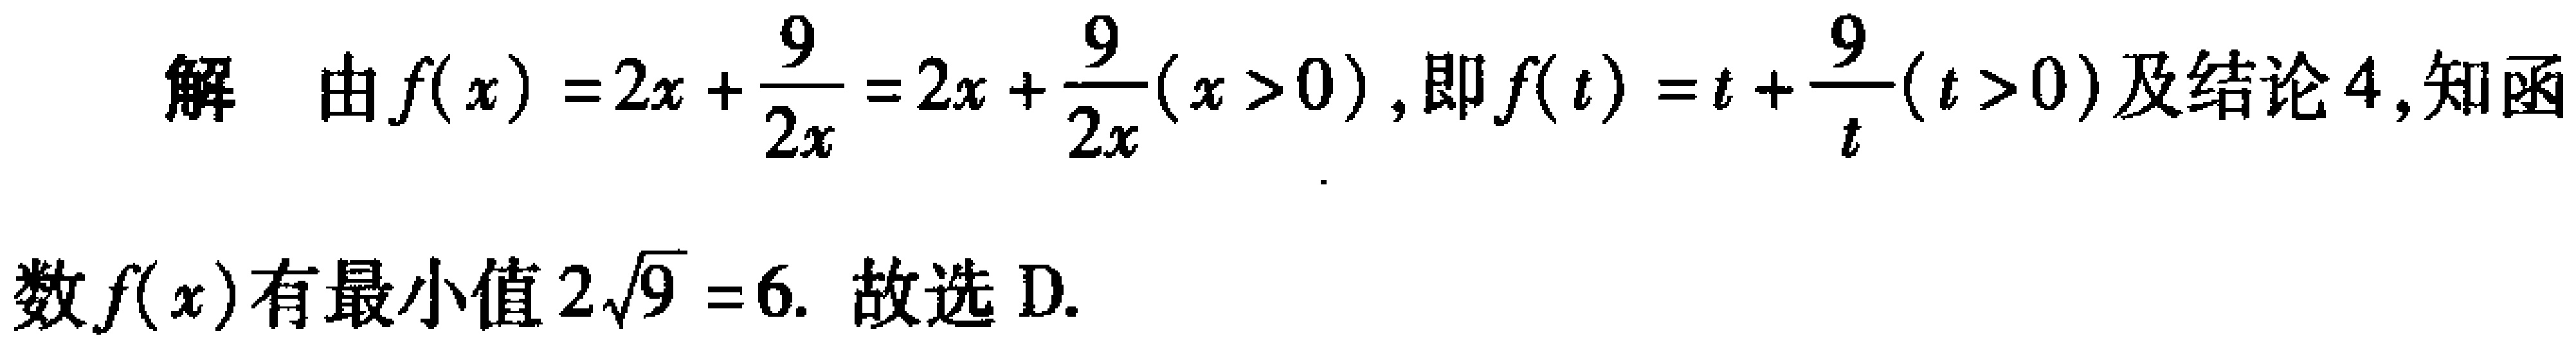
解 由\(f(x)=2x + \frac{9}{2x}=2x+\frac{9}{2x}(x > 0)\)，即\(f(t)=t+\frac{9}{t}(t > 0)\)及结论4,知函

数\(f(x)\)有最小值\(2\sqrt{9}=6\). 故选D.